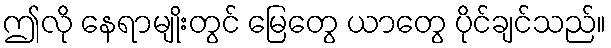
ဤလို နေရာမျိုးတွင် မြေတွေ ယာတွေ ပိုင်ချင်သည်။